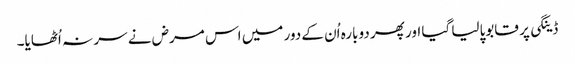
ڈینگی پر قابوپالیا گیا اور پھر دوبارہ اُن کے دور میں اس مرض نے سر نہ اُٹھایا۔